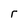
Character: r